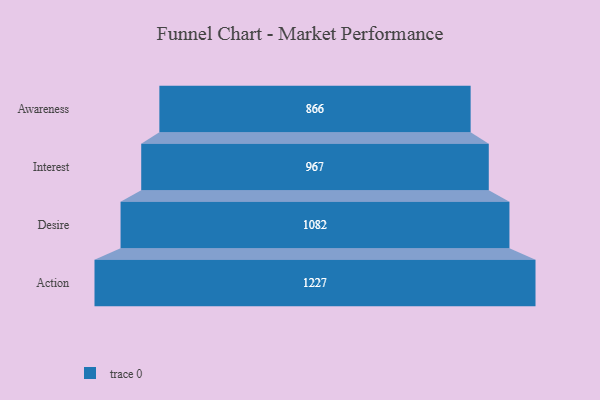
{"axis": {"x": "Stage", "y": "Value"}, "legend": [""], "data": [{"x": "Awareness", "y": 866.0, "type": ""}, {"x": "Interest", "y": 967.0, "type": ""}, {"x": "Desire", "y": 1082.0, "type": ""}, {"x": "Action", "y": 1227.0, "type": ""}]}